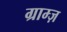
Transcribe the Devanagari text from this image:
ग्राम्ज़